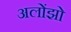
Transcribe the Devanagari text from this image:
अलोंझो